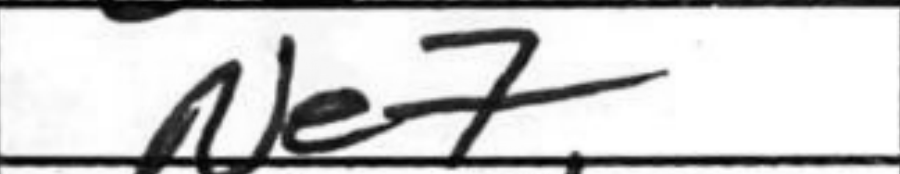
Transcription: Ne7